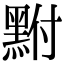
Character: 𪐻